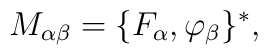
M_{\alpha \beta} = \{ F_{\alpha} , \varphi_{\beta} \}^* ,